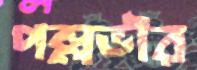
পল্লভীর